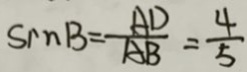
\sin B = \frac { A D } { A B } = \frac { 4 } { 5 }